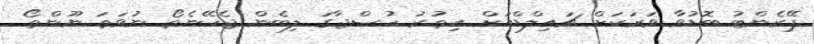
ޕޭރެންޓު ބޮޑުވާ ވަރަކަށް ޗައިލްޑްއަށް އިތުރު ހުސްޖާގަ ލިބެން ޖެހޭނެތޯ ނުވަތަ ނޫންތޯ